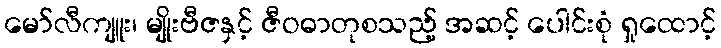
မော်လီကျူး၊ မျိုးဗီဇနှင့် ဇီဝဓာတုစသည့် အဆင့် ပေါင်းစုံ ရှုထောင့်